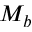
M _ { b }